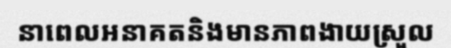
នាពេលអនាគតនិងមានភាពងាយស្រួល